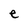
Character: e